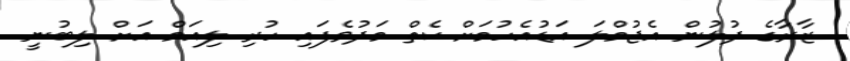
ޒާރާގެ ދުލުން އެޖުމްލަ އަޑުއެހުމަށް ކެތް މަދުވެފައި ހުރި ލިއަމް އަށް ލިބުނީ